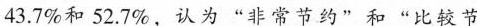
43.7\%和52.7\%，认为”非常节约”和”比较节